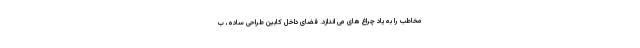
مخاطب را به یاد چراغ های می اندازد. فضای داخل کابین طراحی ساده، ب